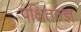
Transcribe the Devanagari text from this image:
पक्षितज्‍ज्ञ